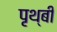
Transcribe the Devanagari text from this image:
पृथ्बी